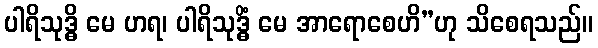
ပါရိသုဒ္ဓိ မေ ဟရ၊ ပါရိသုဒ္ဓိံ မေ အာရောစေဟိ”ဟု သိစေရသည်။